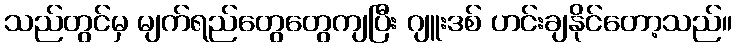
သည်တွင်မှ မျက်ရည်တွေတွေကျပြီး ဂျူးဒစ် ဟင်းချနိုင်တော့သည်။